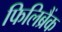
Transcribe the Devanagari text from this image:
फिलिब्रैंक